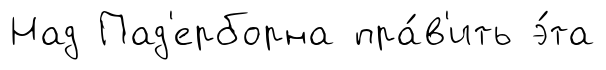
Над Пад'ерборна пра́в'ить э́та